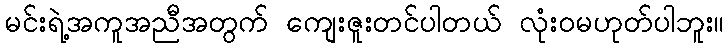
မင်းရဲ့အကူအညီအတွက် ကျေးဇူးတင်ပါတယ် လုံးဝမဟုတ်ပါဘူး။